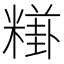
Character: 𥼎